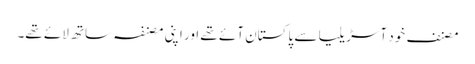
مصنف خود آسڑیلیا سے پاکستان آئے تھے اور اپنی مصنفہ ساتھ لائے تھے۔